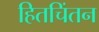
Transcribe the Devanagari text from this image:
हितचिंतन